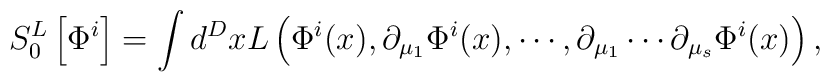
S_0^L\left[ \Phi ^i\right] =\int d^DxL\left( \Phi ^i(x),\partial_{\mu _1}\Phi ^i(x),\cdots ,\partial _{\mu _1}\cdots \partial _{\mu _s}\Phi^i(x)\right) ,